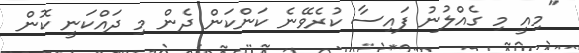
"މިއީ މި ގެއްލުނު ފައިސާ ކުރެވޭނެ ކަންކަން ދެން މި ދައްކަނީ ކޮން